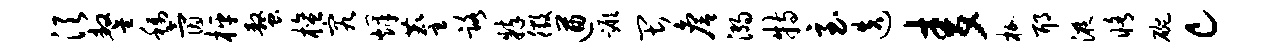
须鏊称氤枰螯檀究烽麈路粹徵遒蹶畏詹溺特至迭麦枷耶液修碗c